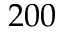
2 0 0